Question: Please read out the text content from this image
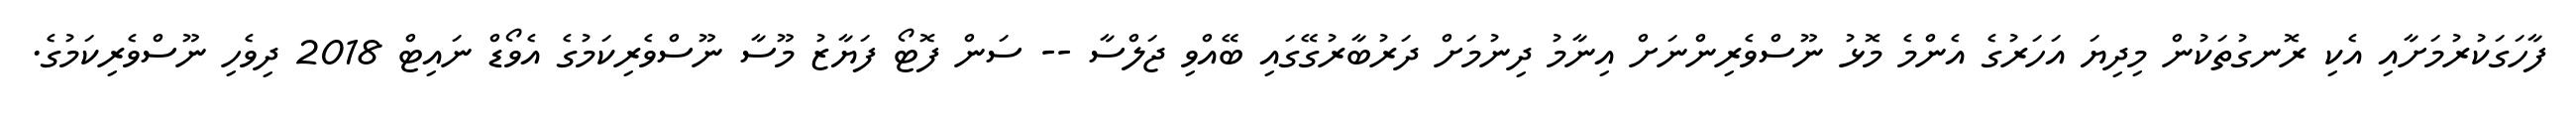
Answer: ފާހަގަކުރުމަށާއި އެކި ރޮނގުތަކުން މިދިޔަ އަހަރުގެ އެންމެ މޮޅު ނޫސްވެރިންނަށް އިނާމު ދިނުމަށް ދަރުބާރުގޭގައި ބޭއްވި ޖަލްސާ -- ސަން ފޮޓޯ ފަޔާޒު މޫސާ ނޫސްވެރިކަމުގެ އެވޯޑް ނައިޓް 2018 ދިވެހި ނޫސްވެރިކަމުގެ.